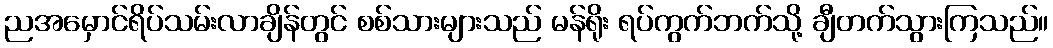
ညအမှောင်ရိပ်သမ်းလာချိန်တွင် စစ်သားများသည် မန်ရိုး ရပ်ကွက်ဘက်သို့ ချီတက်သွားကြသည်။